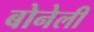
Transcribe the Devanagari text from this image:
बोनेली